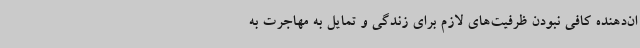
ان‌دهنده کافی نبودن ظرفیت‌های لازم برای زندگی و تمایل به مهاجرت به